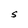
Character: S